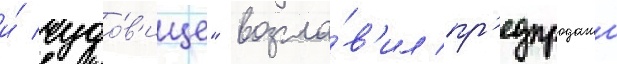
и́ чудо́в'ище" возгла́в'ил пр'едпродажи